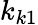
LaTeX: k_{k1}